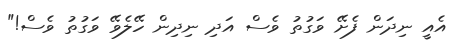
އެއީ ނިދަން ފެށޭ ވަގުތު ވެސް އަދި ނިދިން ހޭލެވޭ ވަގުތު ވެސް!"